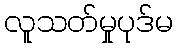
လူသတ်မှုပုဒ်မ